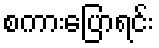
စကားပြောရင်း